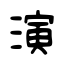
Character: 演